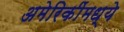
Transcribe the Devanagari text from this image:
अमेरिकींमध्ये